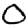
Digit: 0